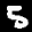
Label: 5